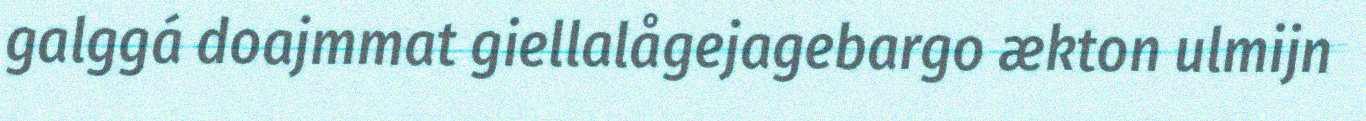
galggá doajmmat giellalågejagebargo ækton ulmijn